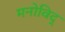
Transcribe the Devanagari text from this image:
मनोविद्